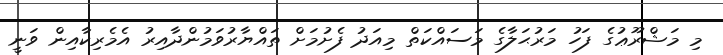
މި މަޝްރޫޢުގެ ފަހު މަރުޙަލާގެ މަސައްކަތް މިއަދު ފެށުމަށް ތައްޔާރުވަމުންދާއިރު އެމެރިކާއިން ވަނީ